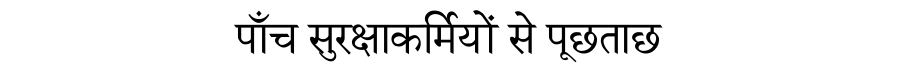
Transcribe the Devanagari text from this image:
पाँच सुरक्षाकर्मियों से पूछताछ